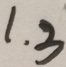
1 . 3